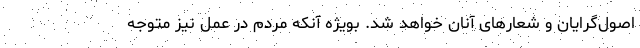
اصول‌گرایان و شعارهای آنان خواهد شد. بویژه آنکه مردم در عمل نیز متوجه